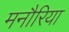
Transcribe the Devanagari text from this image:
मनौरिया